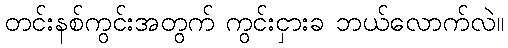
တင်းနစ်ကွင်းအတွက် ကွင်းငှားခ ဘယ်လောက်လဲ။